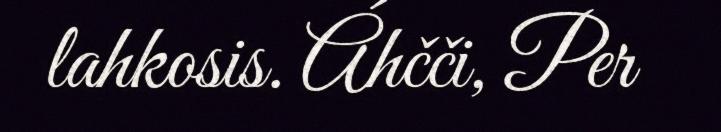
lahkosis. Áhčči, Per